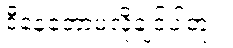
ဒီနေ့တော့မလိုချင်ပါဘူး။